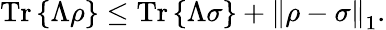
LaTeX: {\mathrm{Tr}}\left\{ \Lambda\rho\right\} \leq{\mathrm{Tr}}\left\{ \Lambda\sigma\right\} +\left\Vert\rho-\sigma\right\Vert_{1}.